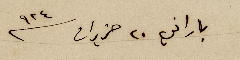
باراني ٢٠ حزيران ٩٢٤